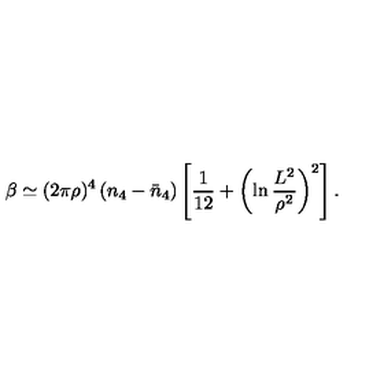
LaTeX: \beta \simeq ( 2 \pi \rho ) ^ { 4 } \left( n _ { 4 } - \bar { n } _ { 4 } \right) \left[ \frac { 1 } { 1 2 } + \left( \ln \frac { L ^ { 2 } } { \rho ^ { 2 } } \right) ^ { 2 } \right] .